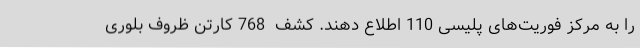
را به مرکز فوریت‌های پلیسی 110 اطلاع دهند. کشف  768 کارتن ظروف بلوری